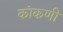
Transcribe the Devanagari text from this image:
कांकणी